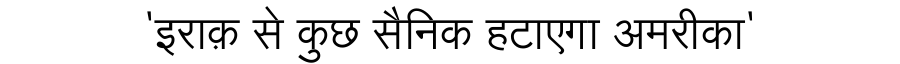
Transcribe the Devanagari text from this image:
'इराक़ से कुछ सैनिक हटाएगा अमरीका'